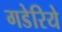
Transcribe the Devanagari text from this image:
गडेरिये